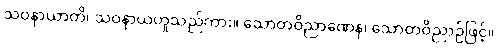
သဝနာယာတိ၊ သဝနာယဟူသည်ကား။ သောတဝိညာဏေန၊ သောတဝိညာဉ်ဖြင့်။